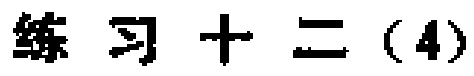
练习十二（4）